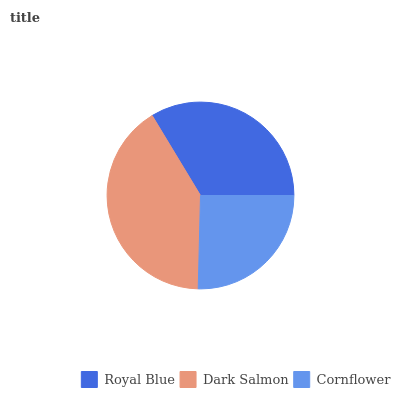
| Royal Blue | Dark Salmon | Cornflower |
 | --- | --- | --- |
 | 33.6% | 40.9% | 25.5% |